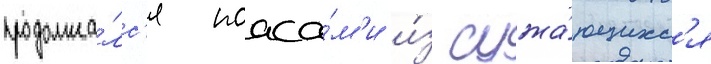
продолжа́лс'я поаса́м'и и́з сужа́ющихс'я